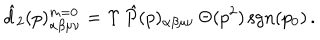
\hat { d } _ { 2 } ( p ) _ { \alpha \beta \mu \nu } ^ { m = 0 } = \Upsilon \, \hat { P } ( p ) _ { \alpha \beta \mu \nu } \, \Theta ( p ^ { 2 } ) \, \mathrm { s g n } ( p _ { 0 } ) \, .